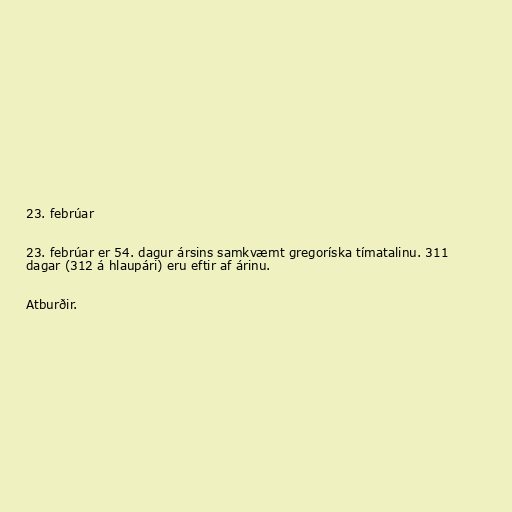
23. febrúar

23. febrúar er 54. dagur ársins samkvæmt gregoríska tímatalinu. 311
dagar (312 á hlaupári) eru eftir af árinu.

Atburðir.